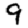
Digit: 9